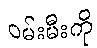
ဝမ်းမီးကို